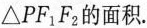
\triangle PF_{1}F_{2}的面积.